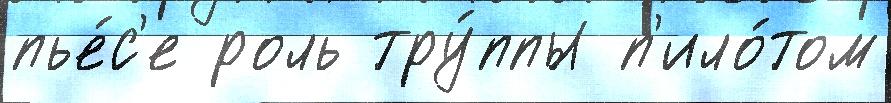
пье́с'е роль тру́ппы п'ило́том